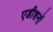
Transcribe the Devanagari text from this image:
एडीशनों